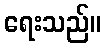
ရေးသည်။